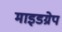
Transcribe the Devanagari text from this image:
माइडग्रेप